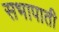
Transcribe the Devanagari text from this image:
सभापाती